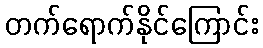
တက်ရောက်နိုင်ကြောင်း